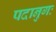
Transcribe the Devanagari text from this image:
पदानुगः